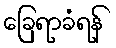
ခြေရာခံရန်